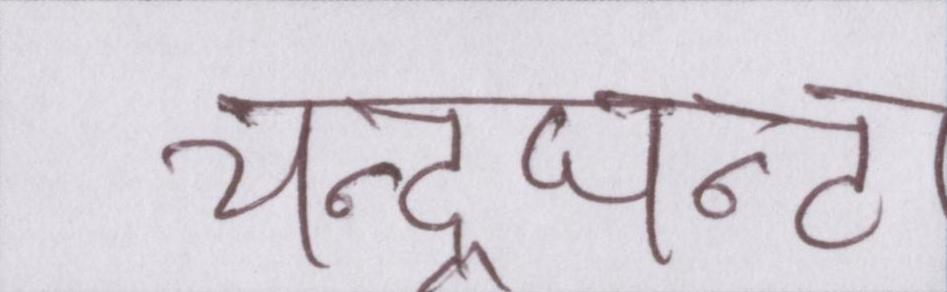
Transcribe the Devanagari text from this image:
चन्द्रघन्टा